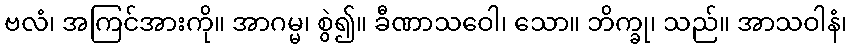
ဗလံ၊ အကြင်အားကို။ အာဂမ္မ၊ စွဲ၍။ ခီဏာသဝေါ၊ သော။ ဘိက္ခု၊ သည်။ အာသဝါနံ၊